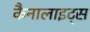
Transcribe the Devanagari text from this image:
कैनालाइट्स